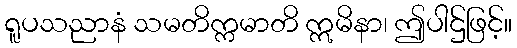
ရူပသညာနံ သမတိက္ကမာတိ ဣမိနာ၊ ဤပါဌ်ဖြင့်။